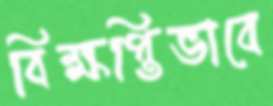
বিক্ষপ্তিভাবে